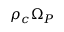
\rho _ { c } \Omega _ { P }